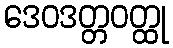
ဒေဝဒတ္တဝတ္ထု